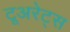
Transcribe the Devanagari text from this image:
टूअरेट्स